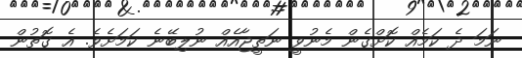
ނަމަ ދެ ކަމެއް ކޮށްގެން މެނުވީ ނަތީޖާއެއް ނުލިބޭނެ ކަމަށެވެ. އެ ގޮތުން